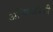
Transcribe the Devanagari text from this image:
अभियांत्रिकी